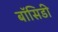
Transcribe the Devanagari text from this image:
बॉसिडी